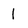
Character: 1